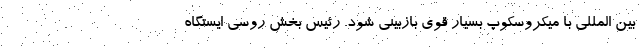
بین المللی با میکروسکوپ بسیار قوی بازبینی شود. رئیس بخش روسی ایستگاه